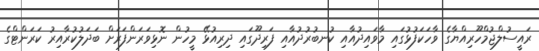
ރައީސުލްޖުމްހޫރިއްޔާގެ ވާހަކަފުޅުގައި މާވައިދުއާއި ކުނބުރުދުއާއި ފަރިދޫގައި ދިރިއުޅޭ މީހުން ނޮޅިވަރަންފަރަށް ބަދަލުކުރާއިރު ކަރަންޓްގެ